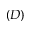
( D )